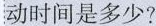
动时间是多少?